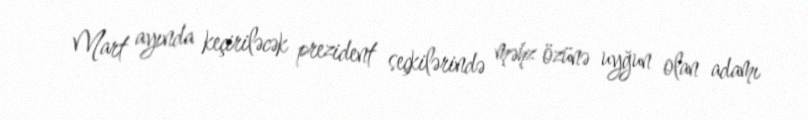
Mart ayında keçiriləcək prezident seçkilərində məhz özünə uyğun olan adamı